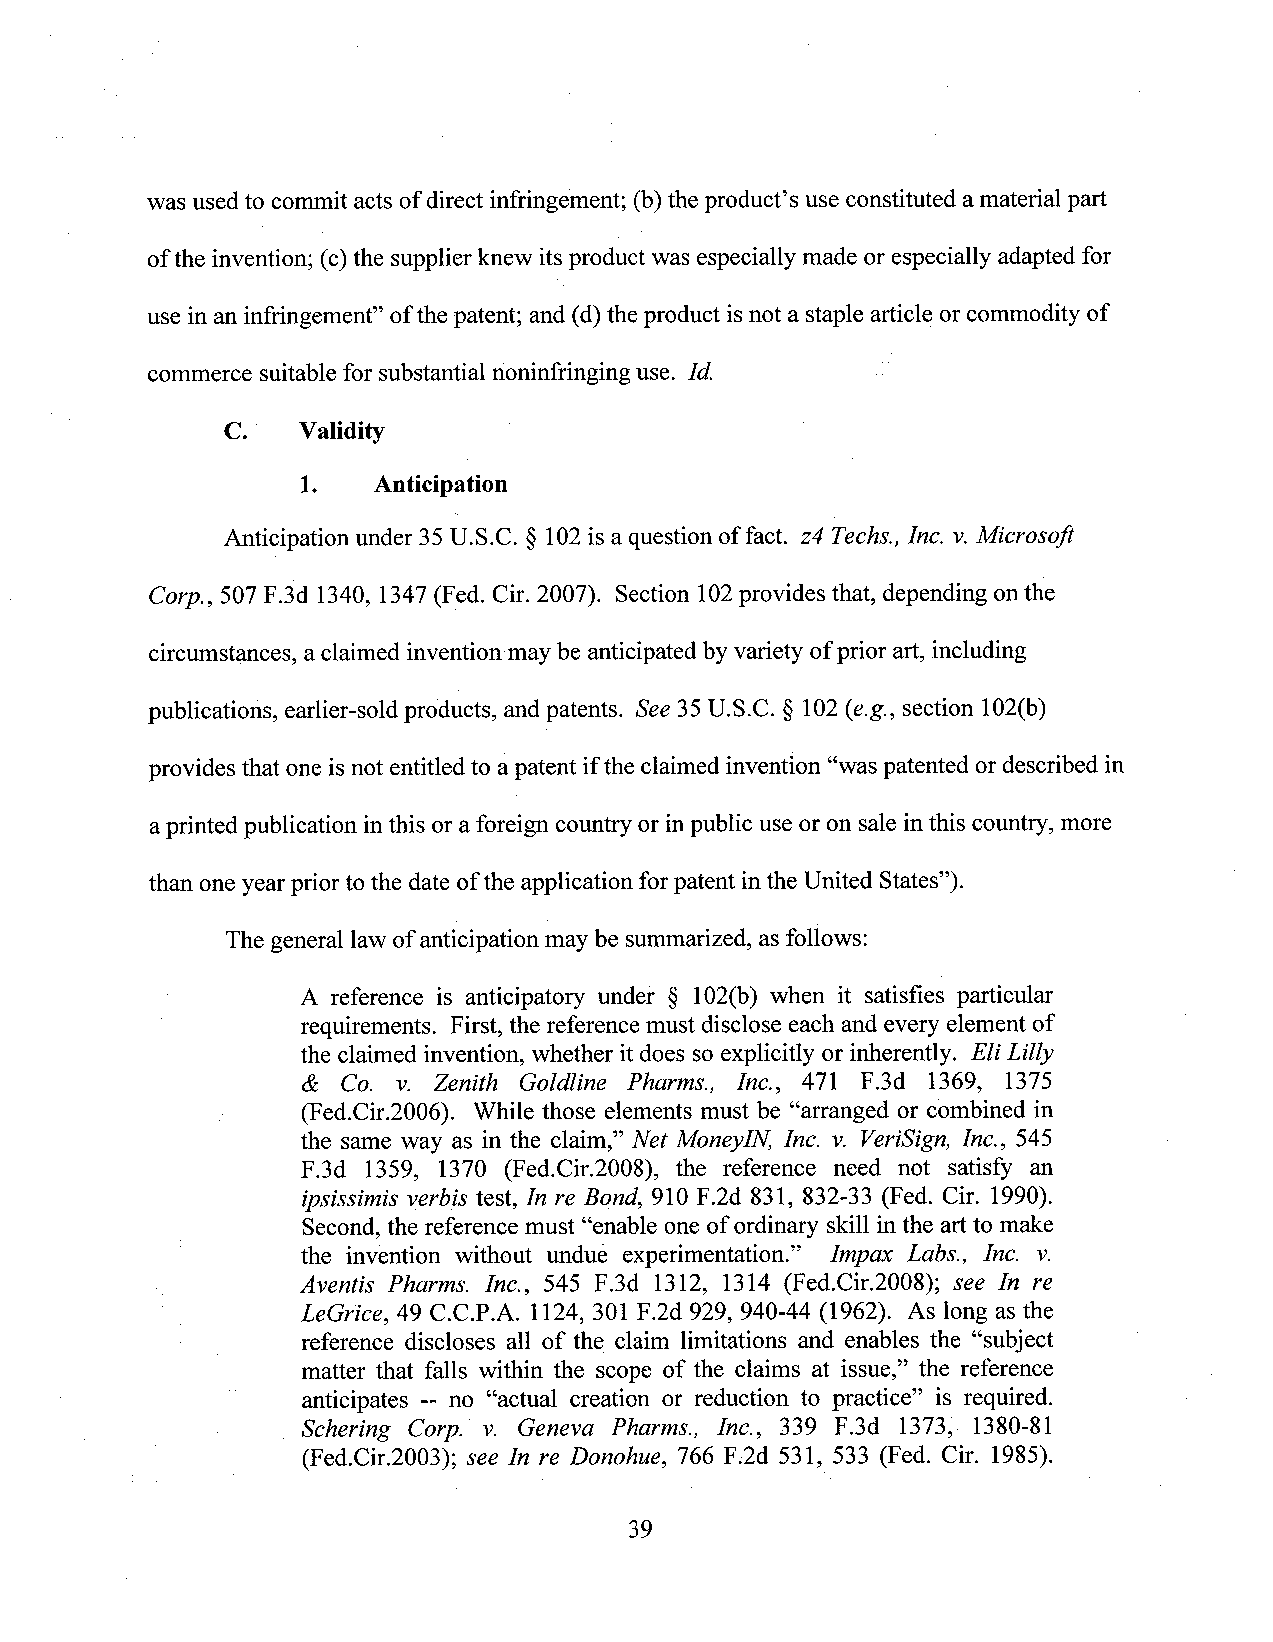
was used to commit acts of direct infringement; (b)the product’s use constituted amaterial part
 ofthe invention; (c)the supplier knew itsproduct was especially made or especially adapted for
 use in an infringement” ofthe patent; and (d)the product isnot a staple article orcommodity of
 cormnerce suitable for substantial noninfringing use. Id.
 C.   Validity
 1.   Anticipation
 Anticipation under 35U.S.C. § 102is a question of fact. 24 Techs., Inc. v.Microsoft
 C0rp., 507 F.3d 1340, 1347 (Fed. Cir. 2007). Section 102provides that, depending on the
 circumstances, aclaimed invention may be anticipatedbyvariety of prior art, including
 publications, earlier-sold products, and patents. See 35U.S.C. § 102(e.g., section 102(b)
 provides that one isnot entitled to apatent ifthe claimed invention “was patented ordescribed in
 aprinted publication inthis or aforeign country or inpublic use or on sale inthis country, more
 than one yearpriorto the dateofthe application forpatent inthe United States”).
 The general lawof anticipation may be summarized, as follows:
 A reference is anticipatory under § 102(b) when it satisfies particular
 requirements. First, the reference must disclose each and every element of
 the claimed invention, whether it does soexplicitly or inherently. Eli Lilly
 &  C0. v. Zenith Goldline Pharms., Inc., 471 F.3d 1369, 1375
 (Fed.Cir.2006). While those elements must be “arranged or combined in
 the same way as in the claim,” Net M0ney1N,Inc. v. VeriSign, Inc., 545
 F.3d 1359, 1370 (Fed.Cir.2008), the reference need not satisfy an
 ipsissimis verbis test, In re Bond, 910 F.2d 831, 832-33 (Fed. Cir. 1990).
 Second,the reference must “enable one of ordinary skill in the art to make
 the invention without undue experimentation.” Impax Labs., Inc. v.
 Aventis Pharms. Inc., 545 F.3d 1312, 1314 (Fed.Cir.2008); see In re
 LeGrz'ce,49 C.C.P.A. 1124, 301 F.2d 929, 940-44 (1962). As long as the
 reference discloses all of the claim limitations and enables the “subject
 matter that falls within the scope of the claims at issue,” the reference
 anticipates -- no “actual creation or reduction to practice” is required.
 Schering Corp. v. Geneva Pharms., Ina, 339 F.3d l373,- 1380-81
 (Fed.Cir.2003); see In re Donahue, 766 F.2d 531, 533 (Fed. Cir. 1985).
 39